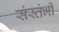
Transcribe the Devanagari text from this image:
संस्तंभी